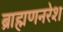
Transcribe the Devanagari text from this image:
ब्राह्मणनरेश